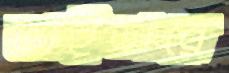
ভাইডারে